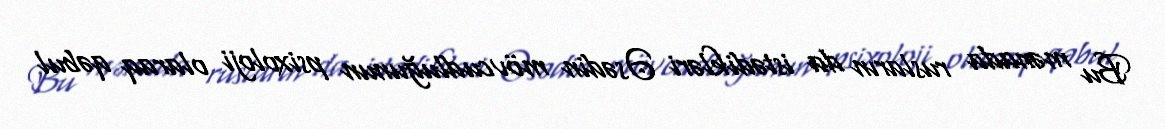
Bu mənada rusların da istədikləri Əsədin mövcudluğunun psixoloji olaraq qəbul